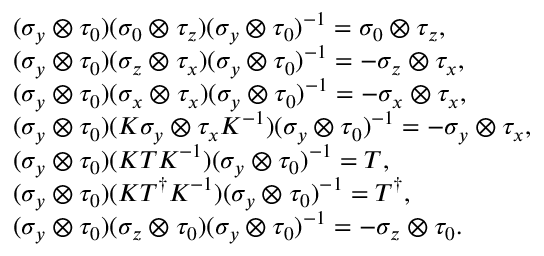
\begin{array} { r l } & { ( \sigma _ { y } \otimes \tau _ { 0 } ) ( \sigma _ { 0 } \otimes \tau _ { z } ) ( \sigma _ { y } \otimes \tau _ { 0 } ) ^ { - 1 } = \sigma _ { 0 } \otimes \tau _ { z } , } \\ & { ( \sigma _ { y } \otimes \tau _ { 0 } ) ( \sigma _ { z } \otimes \tau _ { x } ) ( \sigma _ { y } \otimes \tau _ { 0 } ) ^ { - 1 } = - \sigma _ { z } \otimes \tau _ { x } , } \\ & { ( \sigma _ { y } \otimes \tau _ { 0 } ) ( \sigma _ { x } \otimes \tau _ { x } ) ( \sigma _ { y } \otimes \tau _ { 0 } ) ^ { - 1 } = - \sigma _ { x } \otimes \tau _ { x } , } \\ & { ( \sigma _ { y } \otimes \tau _ { 0 } ) ( { \cal K } \sigma _ { y } \otimes \tau _ { x } { \cal K } ^ { - 1 } ) ( \sigma _ { y } \otimes \tau _ { 0 } ) ^ { - 1 } = - \sigma _ { y } \otimes \tau _ { x } , } \\ & { ( \sigma _ { y } \otimes \tau _ { 0 } ) ( { \cal K } T { \cal K } ^ { - 1 } ) ( \sigma _ { y } \otimes \tau _ { 0 } ) ^ { - 1 } = T , } \\ & { ( \sigma _ { y } \otimes \tau _ { 0 } ) ( { \cal K } T ^ { \dagger } { \cal K } ^ { - 1 } ) ( \sigma _ { y } \otimes \tau _ { 0 } ) ^ { - 1 } = T ^ { \dagger } , } \\ & { ( \sigma _ { y } \otimes \tau _ { 0 } ) ( \sigma _ { z } \otimes \tau _ { 0 } ) ( \sigma _ { y } \otimes \tau _ { 0 } ) ^ { - 1 } = - \sigma _ { z } \otimes \tau _ { 0 } . } \end{array}